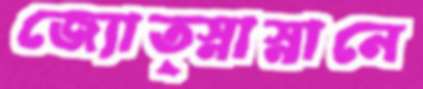
জ্যোত্স্নাস্নানে